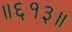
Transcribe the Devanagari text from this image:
॥६१३॥